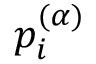
p _ { i } ^ { ( \alpha ) }